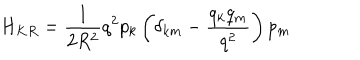
H _ { K R } = \frac { 1 } { 2 R ^ { 2 } } q ^ { 2 } p _ { k } \left( \delta _ { k m } - \frac { q _ { k } q _ { m } } { q ^ { 2 } } \right) p _ { m }